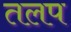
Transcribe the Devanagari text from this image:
तलप